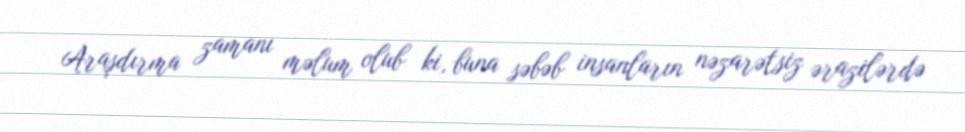
Araşdırma zamanı məlum olub ki, buna səbəb insanların nəzarətsiz ərazilərdə